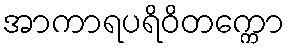
အာကာရပရိဝိတက္ကော